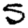
Digit: 5